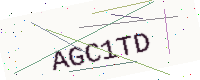
Text: AGC1TD